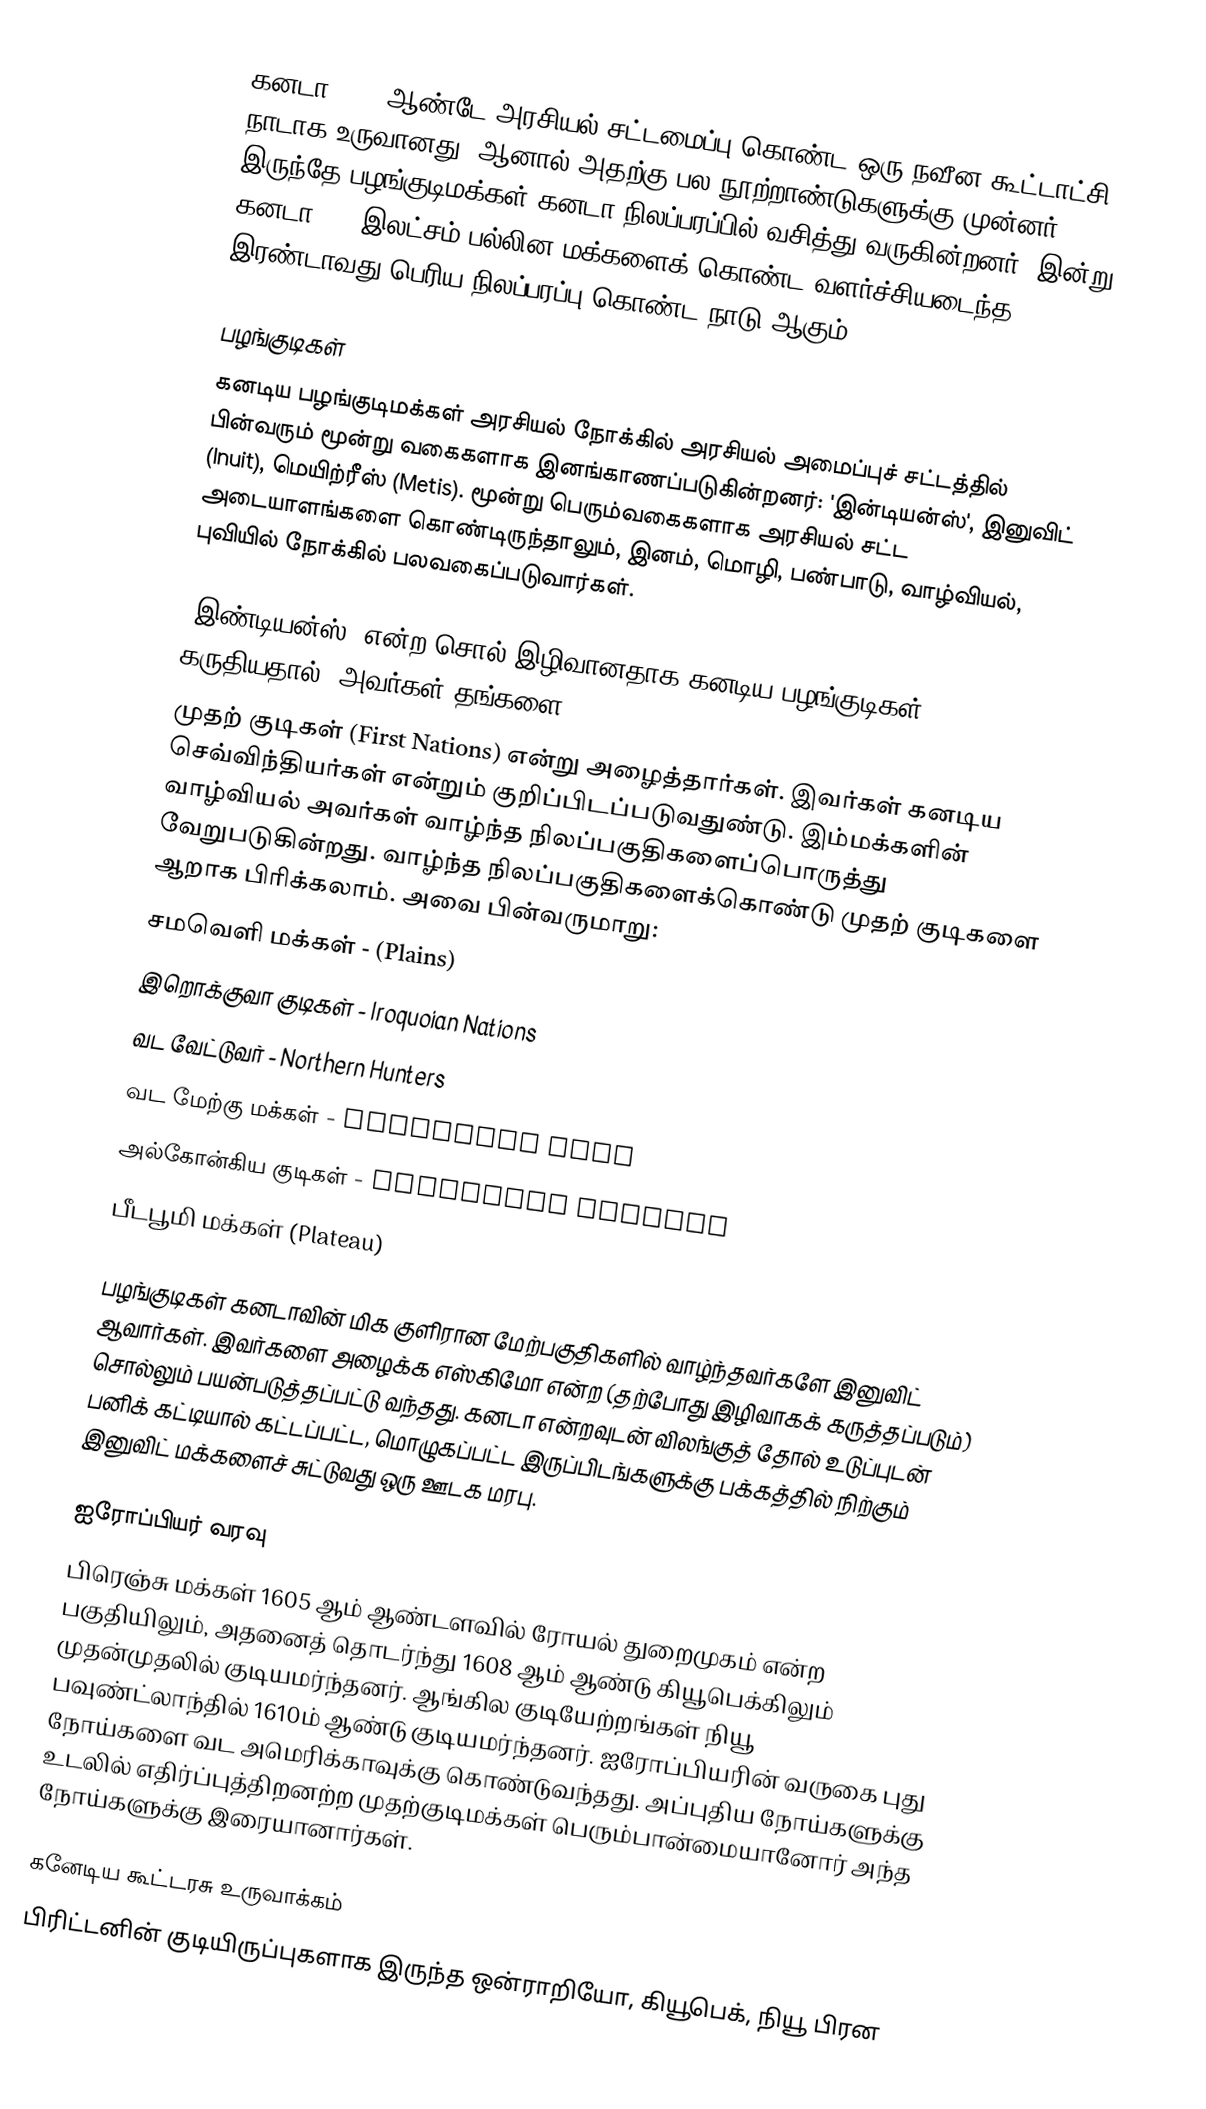
கனடா 1867 ஆண்டே அரசியல் சட்டமைப்பு கொண்ட ஒரு நவீன கூட்டாட்சி நாடாக உருவானது.  ஆனால் அதற்கு பல நூற்றாண்டுகளுக்கு முன்னர் இருந்தே பழங்குடிமக்கள் கனடா நிலப்பரப்பில் வசித்து வருகின்றனர். இன்று கனடா 320 இலட்சம் பல்லின மக்களைக் கொண்ட வளர்ச்சியடைந்த இரண்டாவது பெரிய நிலப்பரப்பு கொண்ட நாடு ஆகும்.

பழங்குடிகள்
கனடிய பழங்குடிமக்கள் அரசியல் நோக்கில் அரசியல் அமைப்புச் சட்டத்தில் பின்வரும் மூன்று வகைகளாக இனங்காணப்படுகின்றனர்: 'இன்டியன்ஸ்', இனுவிட் (Inuit), மெயிற்ரீஸ் (Metis).  மூன்று பெரும்வகைகளாக அரசியல் சட்ட அடையாளங்களை கொண்டிருந்தாலும், இனம், மொழி, பண்பாடு, வாழ்வியல், புவியில் நோக்கில் பலவகைப்படுவார்கள்.

'இண்டியன்ஸ்' என்ற சொல் இழிவானதாக கனடிய பழங்குடிகள் கருதியதால், அவர்கள் தங்களை
முதற் குடிகள் (First Nations) என்று அழைத்தார்கள். இவர்கள் கனடிய செவ்விந்தியர்கள் என்றும் குறிப்பிடப்படுவதுண்டு. இம்மக்களின் வாழ்வியல் அவர்கள் வாழ்ந்த நிலப்பகுதிகளைப்பொருத்து வேறுபடுகின்றது.  வாழ்ந்த நிலப்பகுதிகளைக்கொண்டு முதற் குடிகளை ஆறாக பிரிக்கலாம்.  அவை பின்வருமாறு:
 சமவெளி மக்கள் - (Plains)
 இறொக்குவா குடிகள் - Iroquoian Nations
 வட வேட்டுவர் - Northern Hunters
 வட மேற்கு மக்கள் - Northwest Cost
 அல்கோன்கிய குடிகள் - Algonkian Nations
 பீடபூமி மக்கள் (Plateau)

பழங்குடிகள் கனடாவின் மிக குளிரான மேற்பகுதிகளில் வாழ்ந்தவர்களே இனுவிட் ஆவார்கள். இவர்களை அழைக்க எஸ்கிமோ என்ற (தற்போது இழிவாகக் கருத்தப்படும்) சொல்லும் பயன்படுத்தப்பட்டு வந்தது. கனடா என்றவுடன் விலங்குத் தோல் உடுப்புடன் பனிக் கட்டியால் கட்டப்பட்ட, மொழுகப்பட்ட இருப்பிடங்களுக்கு பக்கத்தில் நிற்கும் இனுவிட் மக்களைச் சுட்டுவது ஒரு ஊடக மரபு.

ஐரோப்பியர் வரவு
பிரெஞ்சு மக்கள் 1605 ஆம் ஆண்டளவில் ரோயல் துறைமுகம் என்ற பகுதியிலும், அதனைத் தொடர்ந்து 1608 ஆம் ஆண்டு கியூபெக்கிலும் முதன்முதலில் குடியமர்ந்தனர்.  ஆங்கில குடியேற்றங்கள் நியூ பவுண்ட்லாந்தில் 1610ம் ஆண்டு குடியமர்ந்தனர்.  ஐரோப்பியரின் வருகை புது நோய்களை வட அமெரிக்காவுக்கு கொண்டுவந்தது.  அப்புதிய நோய்களுக்கு உடலில் எதிர்ப்புத்திறனற்ற முதற்குடிமக்கள் பெரும்பான்மையானோர் அந்த நோய்களுக்கு இரையானார்கள்.

கனேடிய கூட்டரசு உருவாக்கம்
பிரிட்டனின் குடியிருப்புகளாக இருந்த ஒன்ராறியோ, கியூபெக், நியூ பிரன